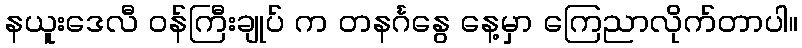
နယူးဒေလီ ဝန်ကြီးချုပ် က တနင်္ဂနွေ နေ့မှာ ကြေညာလိုက်တာပါ။